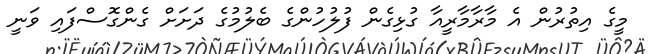
މީގެ އިތުރުން އެ މާރާމާރީއާ ގުޅިގެން ފުލުހުންގެ ބެލުމުގެ ދަށަށް ގެންގޮސްފައި ވަނީ